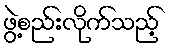
ဖွဲ့စည်းလိုက်သည့်